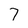
Character: 7